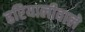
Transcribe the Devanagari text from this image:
हरियालीवाले